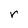
Character: r